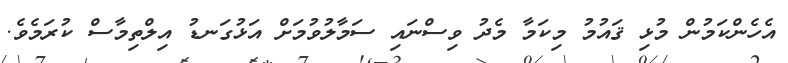
އެހެންކަމުން މުޅި ޤައުމު މިކަމާ މެދު ވިސްނައި ސަމާލުވުމަށް އަޅުގަނޑު އިލްތިމާސް ކުރަމެވެ.